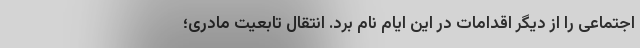
اجتماعی را از دیگر اقدامات در این ایام نام برد. انتقال تابعیت مادری؛